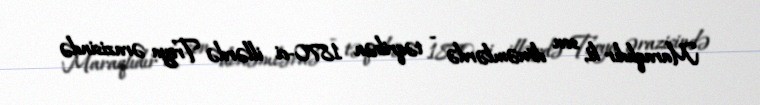
Maraqlıdır ki, son dönəmlərdə - təqribən 1870-ci illərdə Troya ərazisində